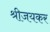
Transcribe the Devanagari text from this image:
श्रीजयकर